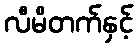
လီမိတက်နှင့်